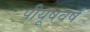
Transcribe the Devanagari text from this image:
पीयूषवर्ष